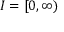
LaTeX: I = [ 0 , \infty )